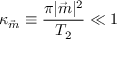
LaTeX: \kappa _ { \vec { m } } \equiv \frac { \pi | { \vec { m } } | ^ { 2 } } { T _ { 2 } } \ll 1